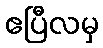
ဧပြီလမှ